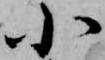
小